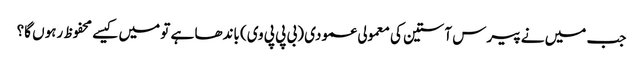
جب میں نے پیرس آستین کی معمولی عمودی (بی پی پی وی) باندھا ہے تو میں کیسے محفوظ رہوں گا؟